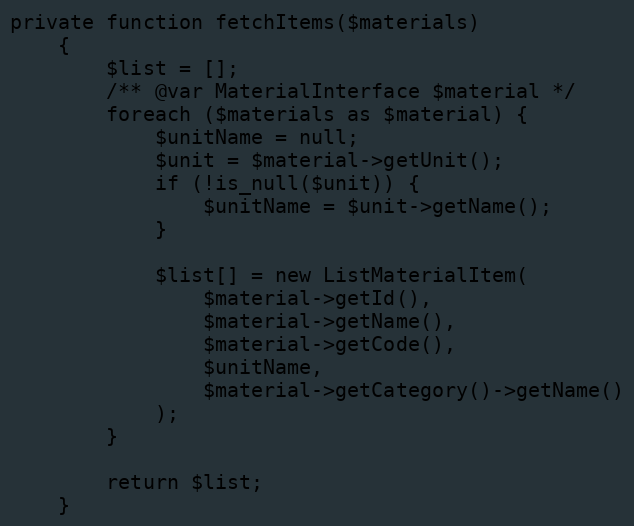
Language: PHP
private function fetchItems($materials)
    {
        $list = [];
        /** @var MaterialInterface $material */
        foreach ($materials as $material) {
            $unitName = null;
            $unit = $material->getUnit();
            if (!is_null($unit)) {
                $unitName = $unit->getName();
            }

            $list[] = new ListMaterialItem(
                $material->getId(),
                $material->getName(),
                $material->getCode(),
                $unitName,
                $material->getCategory()->getName()
            );
        }

        return $list;
    }